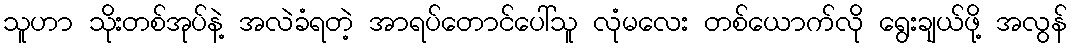
သူဟာ သိုးတစ်အုပ်နဲ့ အလဲခံရတဲ့ အာရပ်တောင်ပေါ်သူ လုံမလေး တစ်ယောက်လို ရွေးချယ်ဖို့ အလွန်